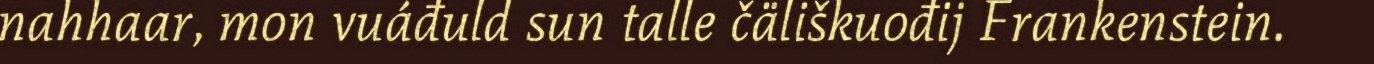
nahhaar, mon vuáđuld sun talle čäliškuođij Frankenstein.